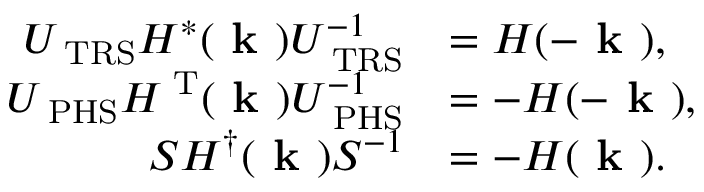
\begin{array} { r l } { U _ { \mathrm { \tiny ~ T R S } } H ^ { * } ( \textbf { k } ) U _ { \mathrm { \tiny ~ T R S } } ^ { - 1 } } & { = H ( - \textbf { k } ) , } \\ { U _ { \mathrm { \tiny ~ P H S } } H ^ { \mathrm { \tiny ~ T } } ( \textbf { k } ) U _ { \mathrm { \tiny ~ P H S } } ^ { - 1 } } & { = - H ( - \textbf { k } ) , } \\ { S H ^ { \dag } ( \textbf { k } ) S ^ { - 1 } } & { = - H ( \textbf { k } ) . } \end{array}